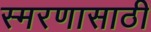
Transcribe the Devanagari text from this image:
स्मरणासाठी